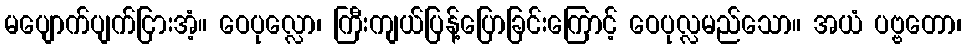
မပျောက်ပျက်ငြားအံ့။ ဝေပုလ္လော၊ ကြီးကျယ်ပြန့်ပြောခြင်းကြောင့် ဝေပုလ္လမည်သော။ အယံ ပဗ္ဗတော၊